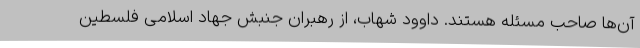
آن‌ها صاحب مسئله هستند. داوود شهاب، از رهبران جنبش جهاد اسلامی فلسطین